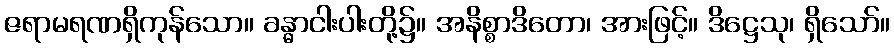
ဇရာမရဏရှိကုန်သော။ ခန္ဓာငါးပါးတို့၌။ အနိစ္စာဒိတော၊ အားဖြင့်။ ဒိဋ္ဌေသု၊ ရှိသော်။